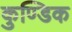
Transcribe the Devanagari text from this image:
कुण्डिक